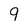
Character: 9